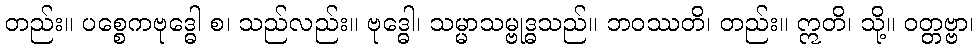
တည်း။ ပစ္စေကဗုဒ္ဓေါ စ၊ သည်လည်း။ ဗုဒ္ဓေါ၊ သမ္မာသမ္ဗုဒ္ဓသည်။ ဘဝဿတိ၊ တည်း။ ဣတိ၊ သို့။ ဝတ္တဗ္ဗာ၊